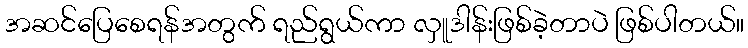
အဆင်ပြေစေရန်အတွက် ရည်ရွယ်ကာ လှူဒါန်းဖြစ်ခဲ့တာပဲ ဖြစ်ပါတယ်။